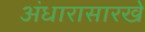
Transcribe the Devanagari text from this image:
अंधारासारखे